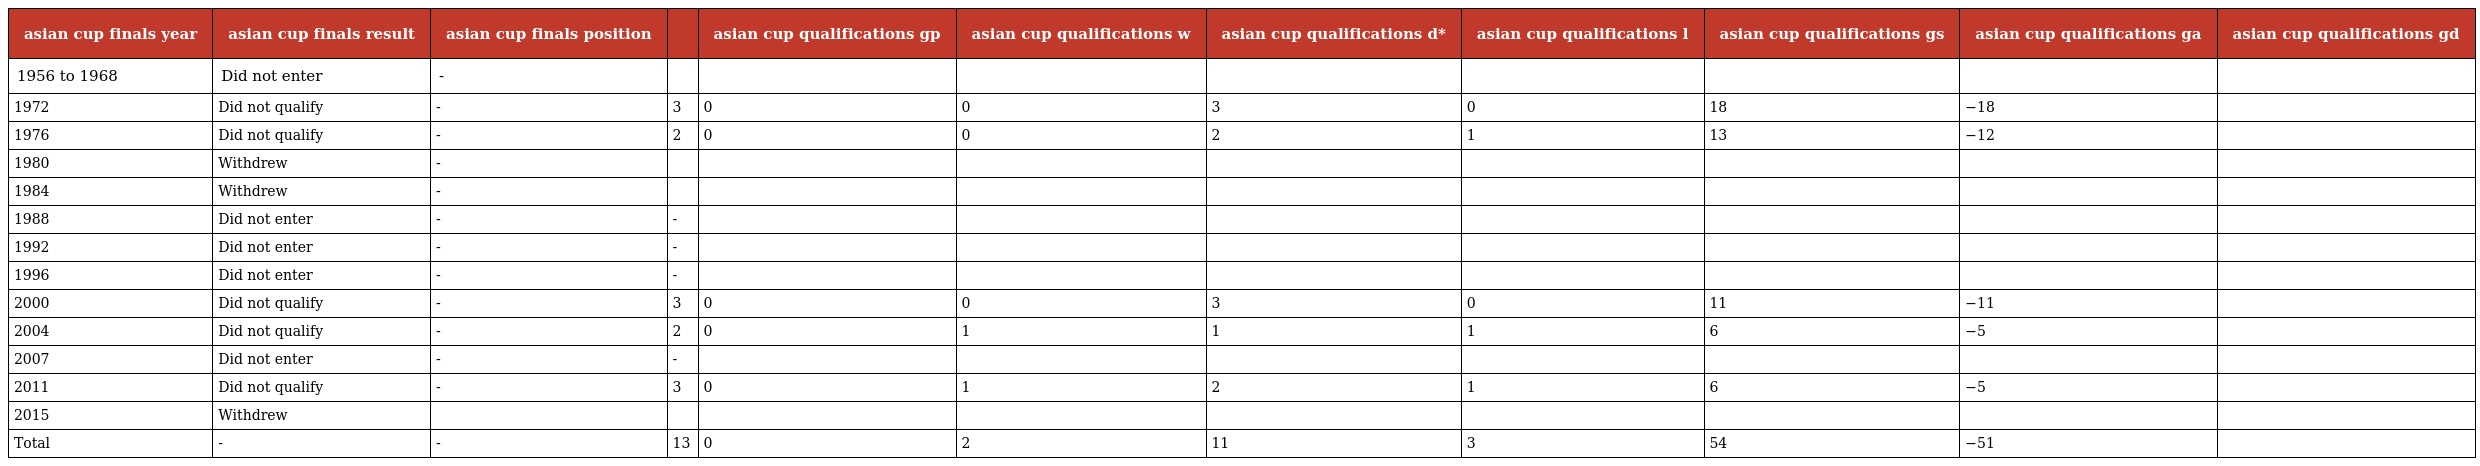
| asian cup finals year | asian cup finals result | asian cup finals position |  | asian cup qualifications gp | asian cup qualifications w | asian cup qualifications d* | asian cup qualifications l | asian cup qualifications gs | asian cup qualifications ga | asian cup qualifications gd |
 | --- | --- | --- | --- | --- | --- | --- | --- | --- | --- | --- |
 | 1956 to 1968 | Did not enter | - |  |  |  |  |  |  |  |  |
 | 1972 | Did not qualify | - | 3 | 0 | 0 | 3 | 0 | 18 | −18 |  |
 | 1976 | Did not qualify | - | 2 | 0 | 0 | 2 | 1 | 13 | −12 |  |
 | 1980 | Withdrew | - |  |  |  |  |  |  |  |  |
 | 1984 | Withdrew | - |  |  |  |  |  |  |  |  |
 | 1988 | Did not enter | - | - |  |  |  |  |  |  |  |
 | 1992 | Did not enter | - | - |  |  |  |  |  |  |  |
 | 1996 | Did not enter | - | - |  |  |  |  |  |  |  |
 | 2000 | Did not qualify | - | 3 | 0 | 0 | 3 | 0 | 11 | −11 |  |
 | 2004 | Did not qualify | - | 2 | 0 | 1 | 1 | 1 | 6 | −5 |  |
 | 2007 | Did not enter | - | - |  |  |  |  |  |  |  |
 | 2011 | Did not qualify | - | 3 | 0 | 1 | 2 | 1 | 6 | −5 |  |
 | 2015 | Withdrew |  |  |  |  |  |  |  |  |  |
 | Total | - | - | 13 | 0 | 2 | 11 | 3 | 54 | −51 |  |